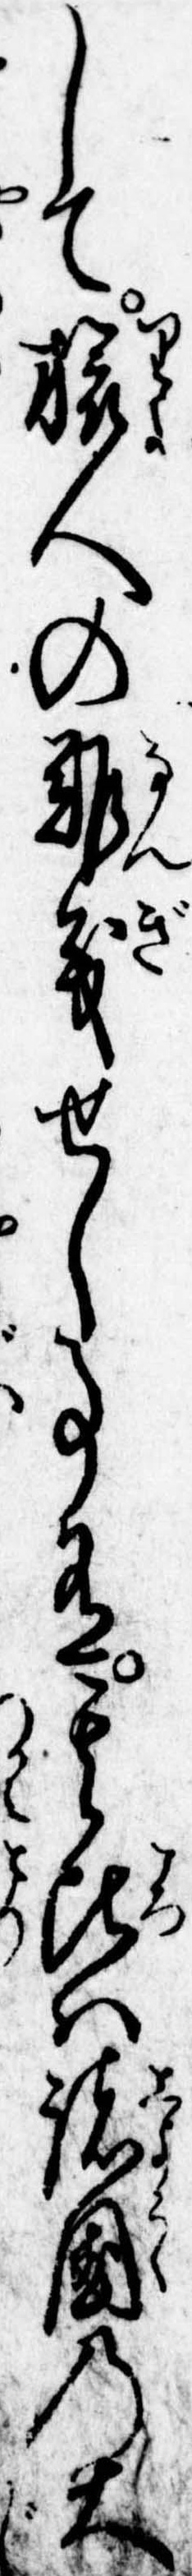
して旅人の難義せし事有其比は諸国の大